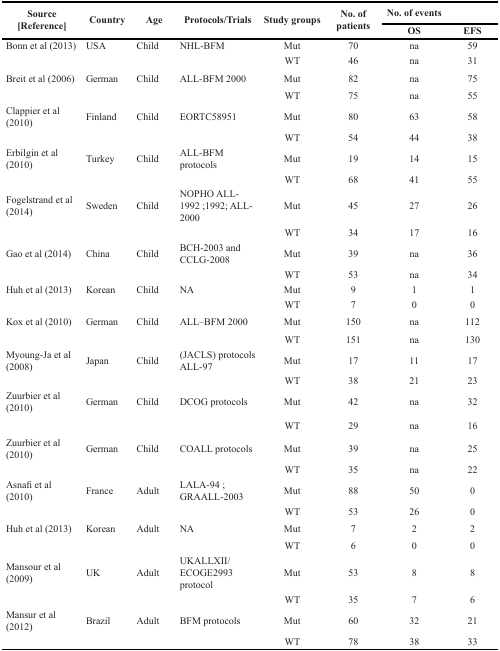
<table><thead><tr><td rowspan="2"><b>Source [Reference]</b></td><td rowspan="2"><b>Country</b></td><td rowspan="2"><b>Age</b></td><td rowspan="2"><b>Protocols/Trials</b></td><td rowspan="2"><b>Study groups</b></td><td rowspan="2"><b>No. of patients</b></td><td colspan="2"><b>No. of events</b></td></tr><tr><td><b>OS</b></td><td><b>EFS</b></td></tr></thead><tbody><tr><td>Bonn et al (2013)</td><td>USA</td><td>Child</td><td>NHL-BFM</td><td>Mut</td><td>70</td><td>na</td><td>59</td></tr><tr><td></td><td></td><td></td><td></td><td>WT</td><td>46</td><td>na</td><td>31</td></tr><tr><td>Breit et al (2006)</td><td>German</td><td>Child</td><td>ALL-BFM 2000</td><td>Mut</td><td>82</td><td>na</td><td>75</td></tr><tr><td></td><td></td><td></td><td></td><td>WT</td><td>75</td><td>na</td><td>55</td></tr><tr><td>Clappier et al (2010)</td><td>Finland</td><td>Child</td><td>EORTC58951</td><td>Mut</td><td>80</td><td>63</td><td>58</td></tr><tr><td></td><td></td><td></td><td></td><td>WT</td><td>54</td><td>44</td><td>38</td></tr><tr><td>Erbilgin et al (2010)</td><td>Turkey</td><td>Child</td><td>ALL-BFM protocols</td><td>Mut</td><td>19</td><td>14</td><td>15</td></tr><tr><td></td><td></td><td></td><td></td><td>WT</td><td>68</td><td>41</td><td>55</td></tr><tr><td>Fogelstrand et al (2014)</td><td>Sweden</td><td>Child</td><td>NOPHO ALL-1992 ;1992; ALL-2000</td><td>Mut</td><td>45</td><td>27</td><td>26</td></tr><tr><td></td><td></td><td></td><td></td><td>WT</td><td>34</td><td>17</td><td>16</td></tr><tr><td>Gao et al (2014)</td><td>China</td><td>Child</td><td>BCH-2003 and CCLG-2008</td><td>Mut</td><td>39</td><td>na</td><td>36</td></tr><tr><td></td><td></td><td></td><td></td><td>WT</td><td>53</td><td>na</td><td>34</td></tr><tr><td>Huh et al (2013)</td><td>Korean</td><td>Child</td><td>NA</td><td>Mut</td><td>9</td><td>1</td><td>1</td></tr><tr><td></td><td></td><td></td><td></td><td>WT</td><td>7</td><td>0</td><td>0</td></tr><tr><td>Kox et al (2010)</td><td>German</td><td>Child</td><td>ALL–BFM 2000</td><td>Mut</td><td>150</td><td>na</td><td>112</td></tr><tr><td></td><td></td><td></td><td></td><td>WT</td><td>151</td><td>na</td><td>130</td></tr><tr><td>Myoung-Ja et al (2008)</td><td>Japan</td><td>Child</td><td>(JACLS) protocols ALL-97</td><td>Mut</td><td>17</td><td>11</td><td>17</td></tr><tr><td></td><td></td><td></td><td></td><td>WT</td><td>38</td><td>21</td><td>23</td></tr><tr><td>Zuurbier et al (2010)</td><td>German</td><td>Child</td><td>DCOG protocols</td><td>Mut</td><td>42</td><td>na</td><td>32</td></tr><tr><td></td><td></td><td></td><td></td><td>WT</td><td>29</td><td>na</td><td>16</td></tr><tr><td>Zuurbier et al (2010)</td><td>German</td><td>Child</td><td>COALL protocols</td><td>Mut</td><td>39</td><td>na</td><td>25</td></tr><tr><td></td><td></td><td></td><td></td><td>WT</td><td>35</td><td>na</td><td>22</td></tr><tr><td>Asnafi et al (2010)</td><td>France</td><td>Adult</td><td>LALA-94 ; GRAALL-2003</td><td>Mut</td><td>88</td><td>50</td><td>0</td></tr><tr><td></td><td></td><td></td><td></td><td>WT</td><td>53</td><td>26</td><td>0</td></tr><tr><td>Huh et al (2013)</td><td>Korean</td><td>Adult</td><td>NA</td><td>Mut</td><td>7</td><td>2</td><td>2</td></tr><tr><td></td><td></td><td></td><td></td><td>WT</td><td>6</td><td>0</td><td>0</td></tr><tr><td>Mansour et al (2009)</td><td>UK</td><td>Adult</td><td>UKALLXII/ECOGE2993 protocol</td><td>Mut</td><td>53</td><td>8</td><td>8</td></tr><tr><td></td><td></td><td></td><td></td><td>WT</td><td>35</td><td>7</td><td>6</td></tr><tr><td>Mansur et al (2012)</td><td>Brazil</td><td>Adult</td><td>BFM protocols</td><td>Mut</td><td>60</td><td>32</td><td>21</td></tr><tr><td></td><td></td><td></td><td></td><td>WT</td><td>78</td><td>38</td><td>33</td></tr></tbody></table>